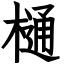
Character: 樋